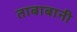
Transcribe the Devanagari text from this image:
ताबाबानी